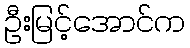
ဦးမြင့်အောင်က